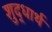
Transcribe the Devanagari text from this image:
शुद्धार्थ